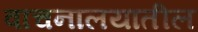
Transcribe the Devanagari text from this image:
वाचनालयातील